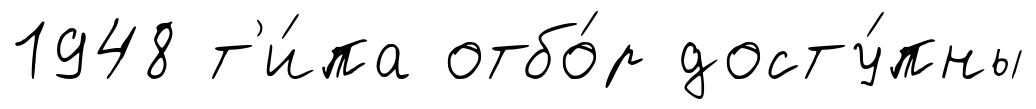
1948 т'и́па отбо́р досту́пны